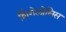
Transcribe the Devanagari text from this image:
शिंगेलोसिस